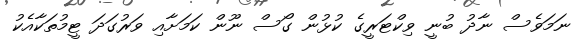
ނަމަވެސް ނާދު ބުނީ ވިކްޓަރީގެ ކުޅުން ގޯސް ނޫން ކަމަށާއި ވަރުގަދަ ޓީމުތަކާއެކު